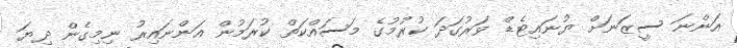
އަންނަ ސީޒަނަށް ޔުނައިޓެޑް ވަރުގަދަ ކުރުމުގެ މަސައްކަތް ކުރަމުން އަންނައިރު ނިމިގެން ދިޔަ